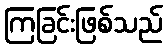
ကြခြင်းဖြစ်သည်